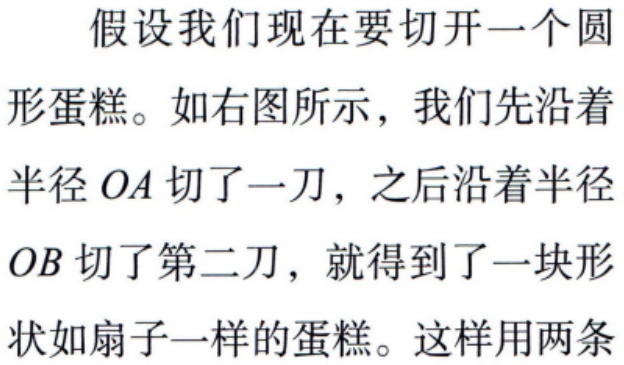
假设我们现在要切开一个圆

形蛋糕。如右图所示，我们先沿着

半径 \(OA\) 切了一刀，之后沿着半径

\(OB\) 切了第二刀，就得到了一块形

状如扇子一样的蛋糕。这样用两条